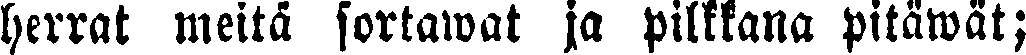
herrat meitä sortawat ja pilkkana pitäwät;